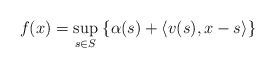
LaTeX: \begin{align*}f(x)=\mathop{\rm sup}_{s\in S}\;\{\alpha(s)+\langle v(s),x-s\rangle\}\end{align*}